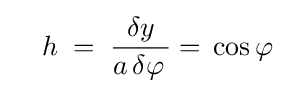
\quad h\;=\;{\dfrac {\delta y}{a\,\delta \varphi \,}}=\,\cos \varphi